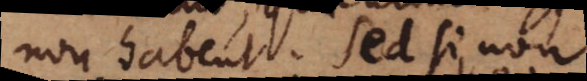
non habent. Sed si non